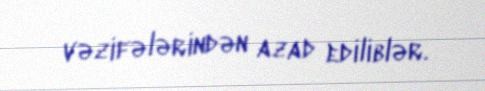
vəzifələrindən azad ediliblər.